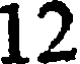
12